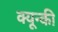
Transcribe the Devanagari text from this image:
क्यून्की